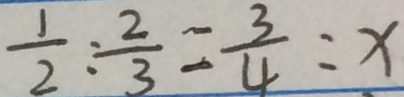
\frac { 1 } { 2 } : \frac { 2 } { 3 } = \frac { 3 } { 4 } : x